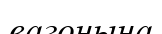
вагонына